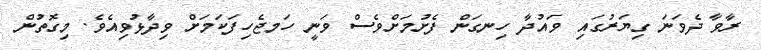
ރާވާ ދެވަނަ ގިޔަރުގައި ވައުދާ ހިނގަން ފެށުމަށްވެސް ވަނީ ހަމޖެހިފަކަމަށް ވިދާޅުވިއެވެ. މިގޮތުން